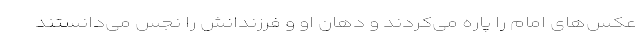
عکس‌های امام را پاره می‌کردند و دهان او و فرزندانش را نجس می‌دانستند